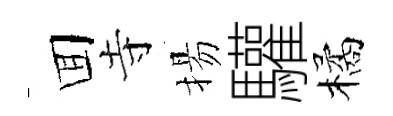
囬寺揚驩橘